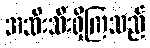
အသီးသီးရှိကြသည်